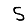
Digit: 5